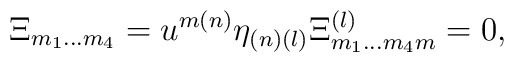
\Xi _{{ m}_{{1}}\ldots { m}_{{ 4}}} =u^{{ m(n)}} \eta _{{ (n)(l)}}\Xi ^{{ (l)}}_{{m}_{{ 1}}\ldots { m}_{{ 4}}{ m}} = 0 ,